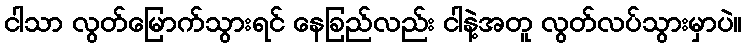
ငါသာ လွတ်မြောက်သွားရင် နေခြည်လည်း ငါနဲ့အတူ လွတ်လပ်သွားမှာပဲ။